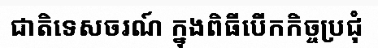
ជាតិទេសចរណ៍ ក្នុងពិធីបើកកិច្ចប្រជុំ